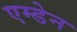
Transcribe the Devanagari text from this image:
एम्डेन